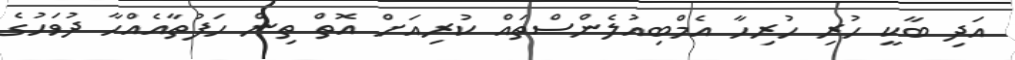
އަދި ބާކީ ހުރި ހުރިހާ އެމްބިއުލެންސްތައް ކުރިއަށް އޮތް ތިން ހަފުތާއެއްހާ ދުވަހުގެ